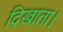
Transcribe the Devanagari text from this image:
दिखाता।